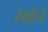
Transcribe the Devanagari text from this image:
स्कॉप्जे